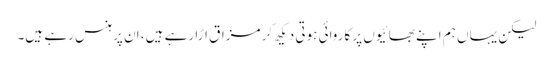
لیکن یہاں ہم اپنے بھائیوں پر کاروائی ہوتی دیکھ کر مزاق اڑا رہے ہیں، ان پر ہنس رہے ہیں۔